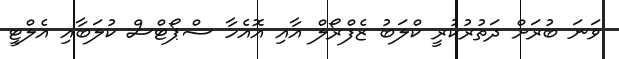
ވަނަ ބުރަށް ދަތުރުކުރީ ކްލަބު ޒެފްރޯލް އާއި އޮއެހާ ސްޕޯޓްސް ކުލަބާއި އެލްޓީ